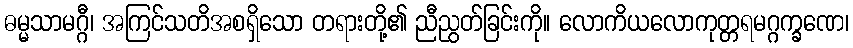
ဓမ္မသာမဂ္ဂီ၊ အကြင်သတိအစရှိသော တရားတို့၏ ညီညွတ်ခြင်းကို။ လောကိယလောကုတ္တရမဂ္ဂက္ခဏေ၊